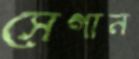
সেগান